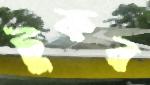
টুকর